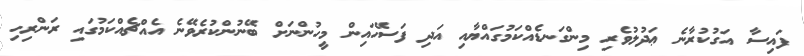
ފައިސާ އަގުކުރާނެ ޢަދުލުވެރި މިންގަނޑެއްކަމުގައްޔާއި އަދި ފަސޭހައިން މީހުންނަށް ބޭނުންކުރެވޭނެ އެއްޗެއްކަމުގައި ރަންރިހި